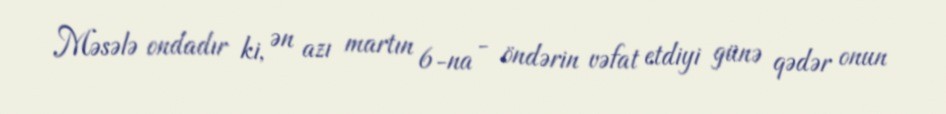
Məsələ ondadır ki, ən azı martın 6-na - öndərin vəfat etdiyi günə qədər onun